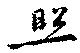
照